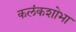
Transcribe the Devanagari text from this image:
कलंकशोभा